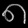
Digit: ၈